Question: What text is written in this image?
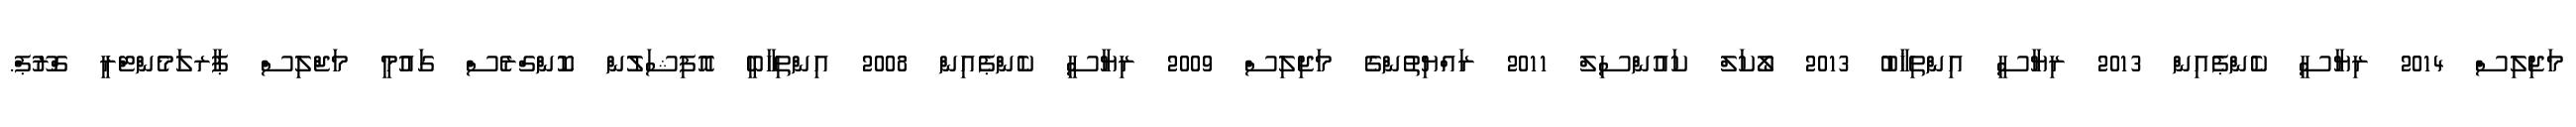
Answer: މަޖިލިސް 2014 ރިޔާސީ ކެންޕެއިން 2013 ރިޔާސީ އިންތިޚާބު 2013 ލޯކަލް ކައުންސިލް 2011 ރައްޔިތުންގެ މަޖިލިސް 2009 ރިޔާސީ ކެންޕެއިން 2008 އިންތިހާބީ އޮފިޝަލުން ކޮންގްރެސް ގައުމީ މަޖްލިސް ޕާރލަމެންޓްރީ ގްރޫޕް.